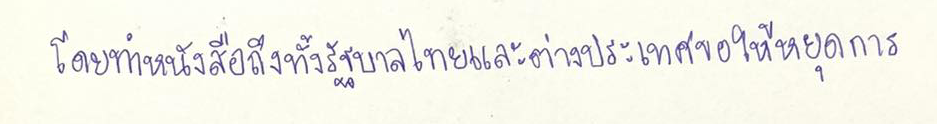
โดยทำหนังสือถึงทั้งรัฐบาลไทยและต่างประเทศขอให้หยุดการ